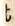
t